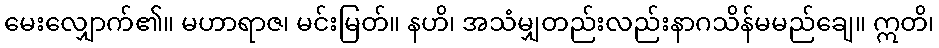
မေးလျှောက်၏။ မဟာရာဇ၊ မင်းမြတ်။ နဟိ၊ အသံမျှတည်းလည်းနာဂသိန်မမည်ချေ။ ဣတိ၊